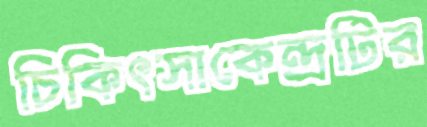
চিকিৎসাকেন্দ্রটির